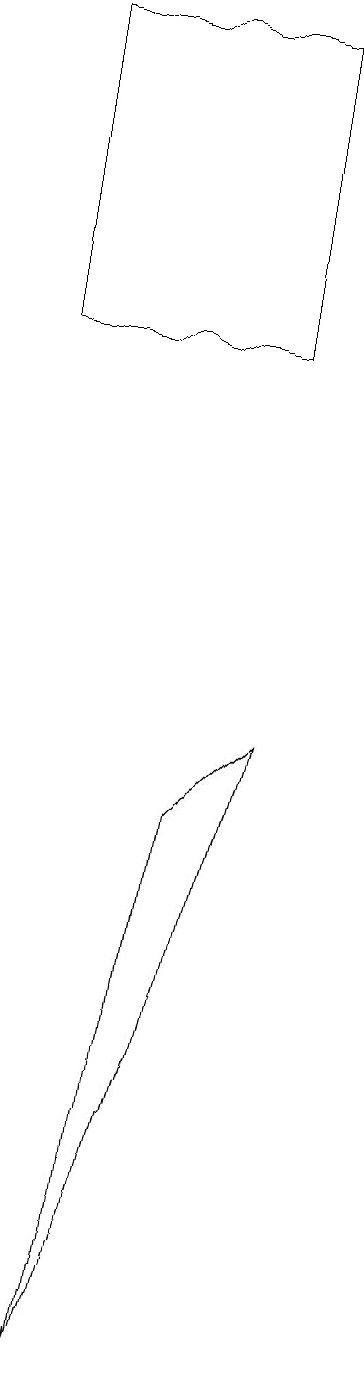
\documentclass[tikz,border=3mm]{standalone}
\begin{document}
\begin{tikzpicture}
\draw (5,8) -- (4,7) -- (3,0) -- cycle;
\draw (5,13) rectangle (2,17);
\draw (6,17) rectangle (2,17);
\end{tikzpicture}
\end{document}